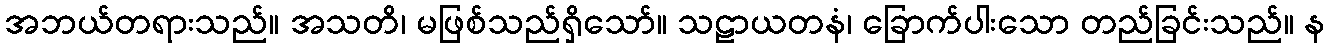
အဘယ်တရားသည်။ အသတိ၊ မဖြစ်သည်ရှိသော်။ သဠာယတနံ၊ ခြောက်ပါးသော တည်ခြင်းသည်။ န